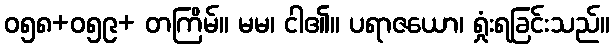
ဝ၅၈+ဝ၅၉+ တကြိမ်။ မမ၊ ငါ၏။ ပရာဇယော၊ ရှုံးရခြင်းသည်။